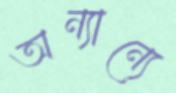
অন্যান্যে